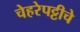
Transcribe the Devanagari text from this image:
चेहरेपट्टीचे